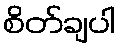
စိတ်ချပါ